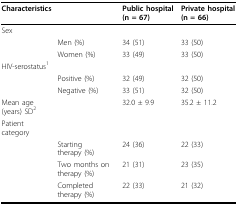
<table><thead><tr><td><b>Characteristics</b></td><td></td><td><b>Public hospital (n = 67)</b></td><td><b>Private hospital (n = 66)</b></td></tr></thead><tbody><tr><td>Sex</td><td></td><td></td><td></td></tr><tr><td></td><td>Men (%)</td><td>34 (51)</td><td>33 (50)</td></tr><tr><td></td><td>Women (%)</td><td>33 (49)</td><td>33 (50)</td></tr><tr><td>HIV-serostatus<sup>1</sup></td><td></td><td></td><td></td></tr><tr><td></td><td>Positive (%)</td><td>32 (49)</td><td>32 (50)</td></tr><tr><td></td><td>Negative (%)</td><td>33 (51)</td><td>32 (50)</td></tr><tr><td>Mean age (years) SD<sup>2</sup></td><td></td><td>32.0 ± 9.9</td><td>35.2 ± 11.2</td></tr><tr><td>Patient category</td><td></td><td></td><td></td></tr><tr><td></td><td>Starting therapy (%)</td><td>24 (36)</td><td>22 (33)</td></tr><tr><td></td><td>Two months on therapy (%)</td><td>21 (31)</td><td>23 (35)</td></tr><tr><td></td><td>Completed therapy (%)</td><td>22 (33)</td><td>21 (32)</td></tr></tbody></table>